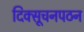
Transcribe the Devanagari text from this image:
दिक्सूचनपठन